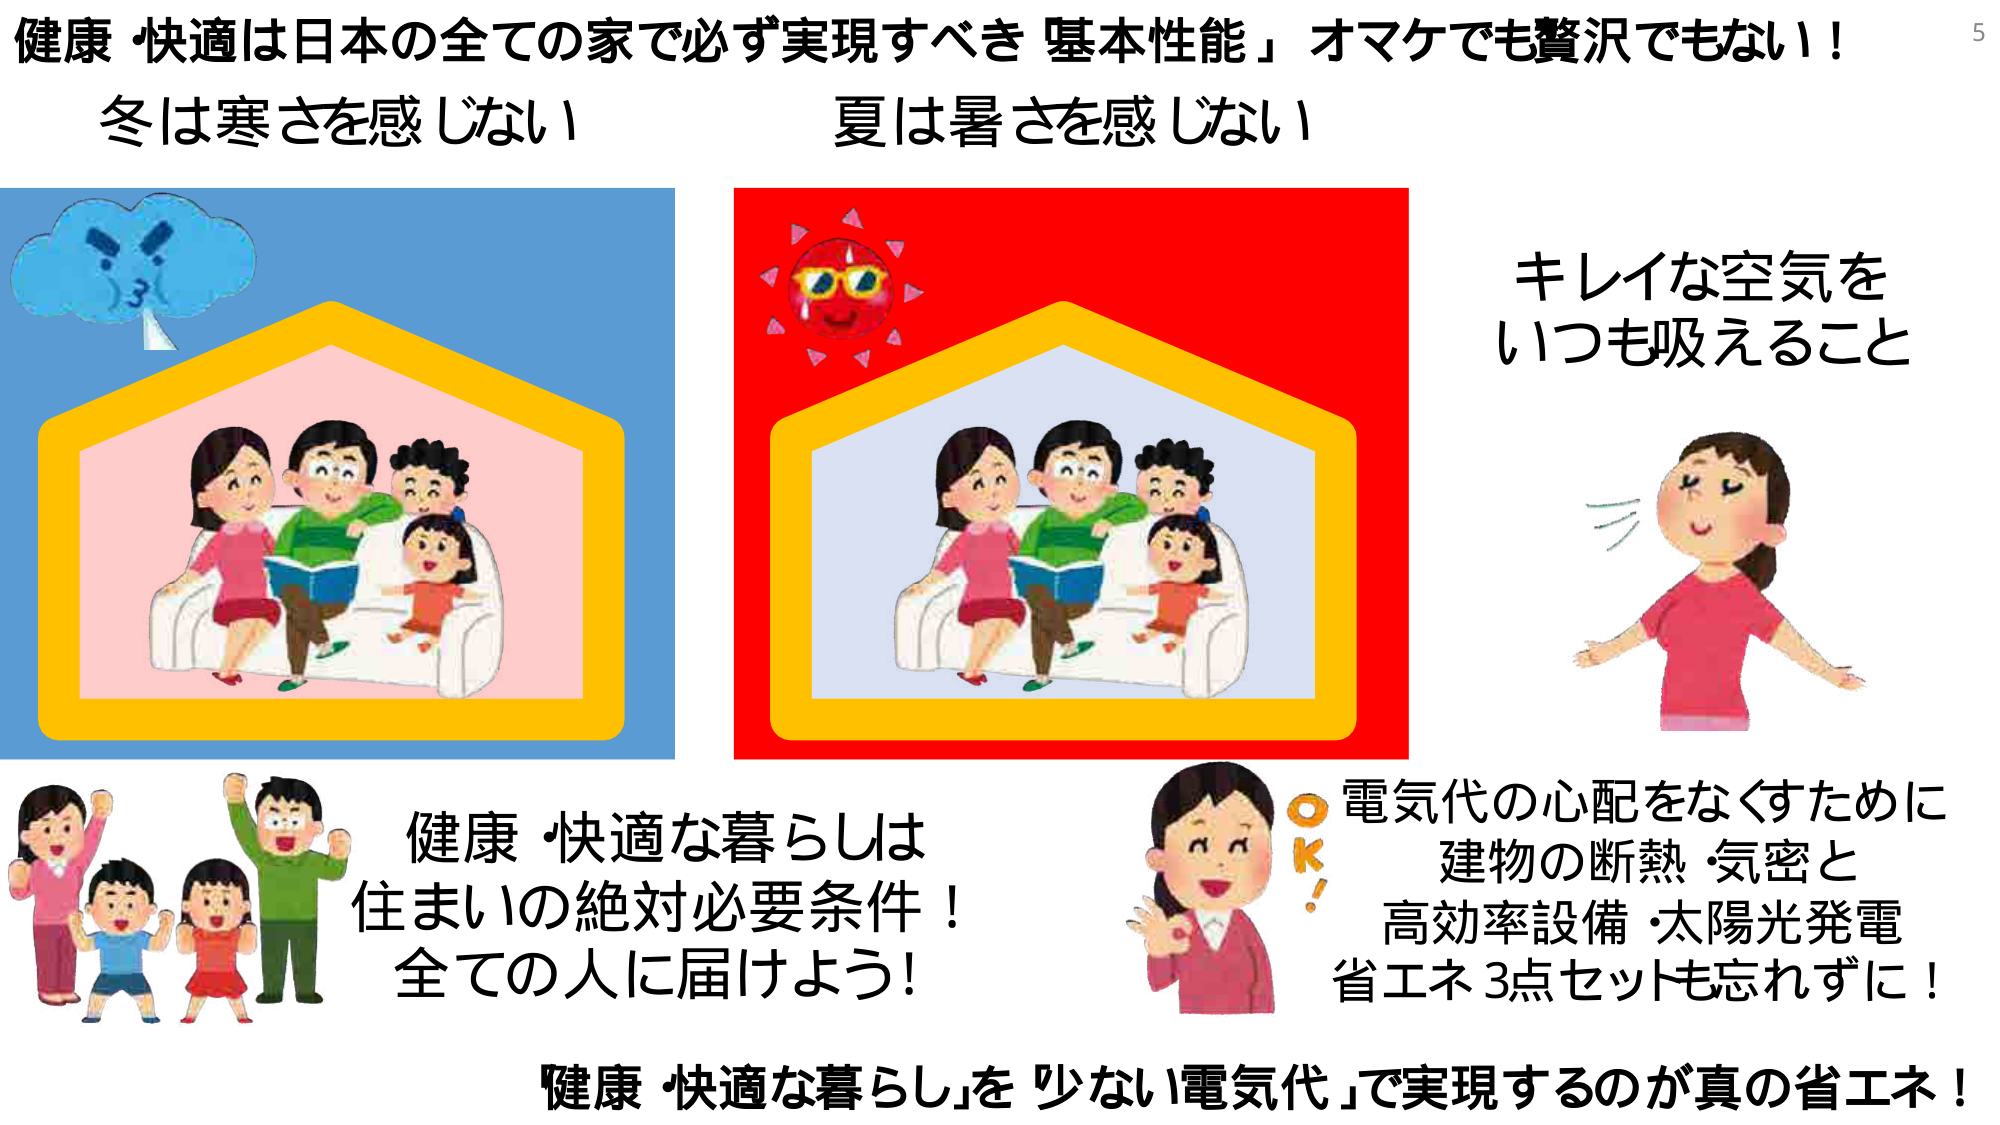
健康・快適は日本の全ての家で必ず実現すべき「基本性能」オマケでも贅沢でもない！

冬は寒さを感じない
夏は暑さを感じない

キレイな空気を
いつも吸えること

健康・快適な暮らしは
住まいの絶対必要条件！
全ての人に届けよう！

電気代の心配をなくすために
建物の断熱・気密と
高効率設備・太陽光発電
省エネ3点セットも忘れずに！

「健康・快適な暮らし」を「少ない電気代」で実現するのが真の省エネ！

5